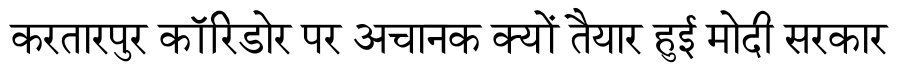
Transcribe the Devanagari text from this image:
करतारपुर कॉरिडोर पर अचानक क्यों तैयार हुई मोदी सरकार